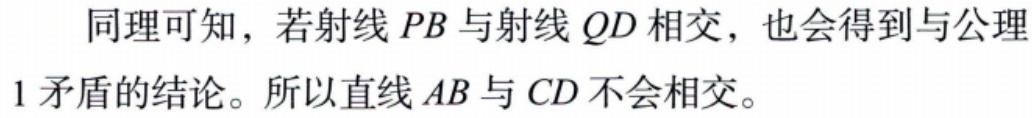
同理可知，若射线 \(PB\) 与射线 \(QD\) 相交，也会得到与公理
1 矛盾的结论。所以直线 \(AB\) 与 \(CD\) 不会相交。